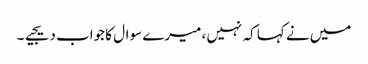
میں نے کہا کہ نہیں ، میرے سوال کا جواب دیجیے۔